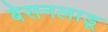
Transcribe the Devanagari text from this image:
बेसनलाडू